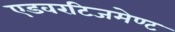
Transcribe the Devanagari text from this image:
एडवरटिजमेण्ट